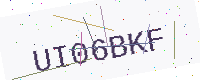
Text: UI06BKF